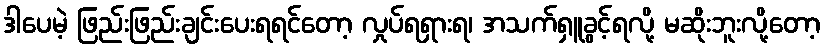
ဒါပေမဲ့ ဖြည်းဖြည်းချင်းပေးရရင်တော့ လှုပ်ရရှားရ၊ အသက်ရှူခွင့်ရလို့ မဆိုးဘူးလို့တော့